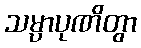
သမ္ပာပုဏိတွာ